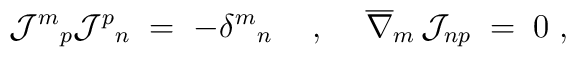
{\mathcal{J}^{m}}_{p}{\mathcal{J}^{p}}_{n} \;=\; -{\delta^{m}}_{n}    \hspace{.5cm},\hspace{.5cm}\overline{\nabla}_{m}\, \mathcal{J}_{np}\;=\; 0 \; ,